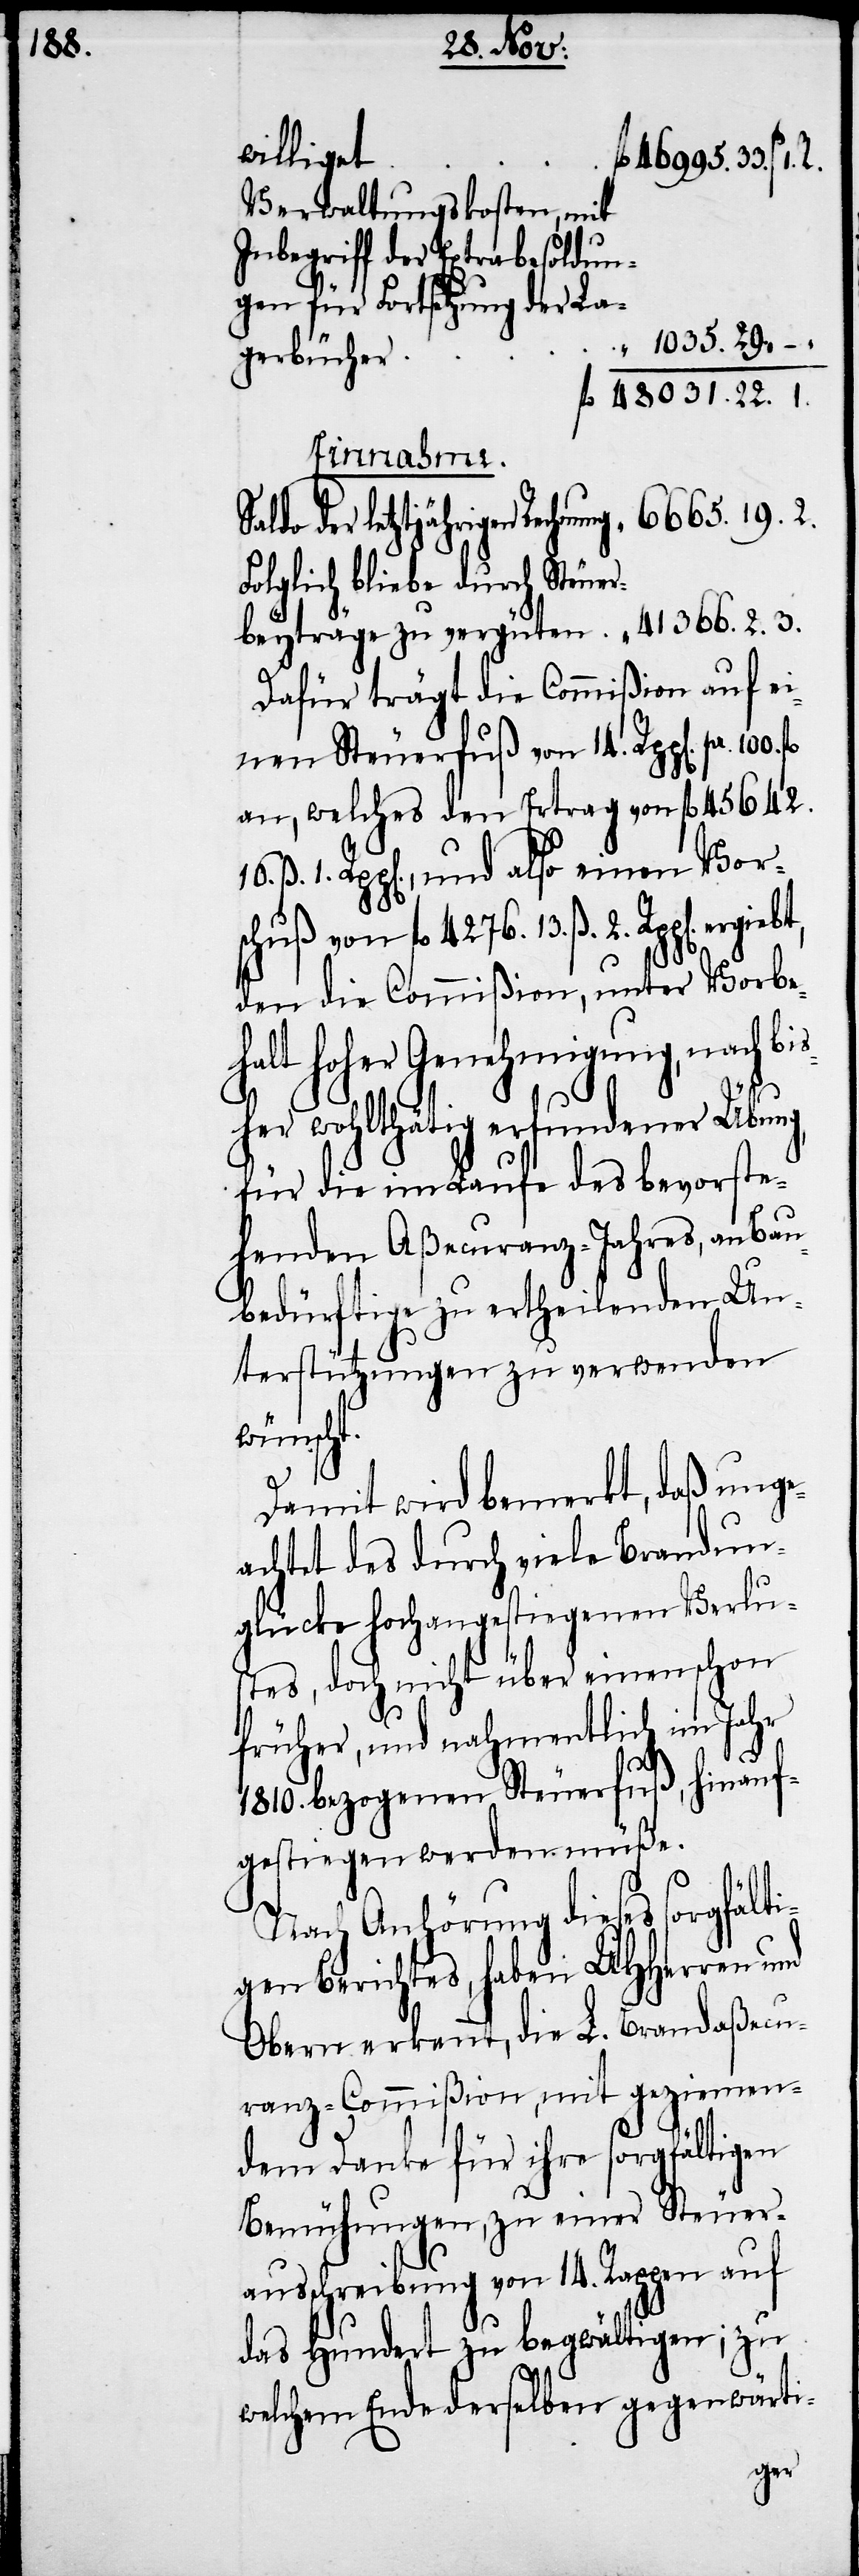
10.

williget
Verwaltungskosten, mit
Inbegriff der Extrabesoldun¬
gen für Fortsetzung der La¬
gerbücher
1.
beyträge zu
der letztjährigen Rechnung
Folglich bliebe durch Steuer¬
Dafür trägt die Commißion auf ei¬
nen Steuerfuß von 14. Rpp[en]. pr.
an, welches den Ertrag von fl 45642.
den die Commißion, unter Vorbe¬
halt hoher Genehmigung, nach bi¬
sher wohlthätig erfundener Übun¬
für die im Laufe des bevorste¬
henden Aßecuranz-Jahres, an Bau¬
bedürftige zu ertheilenden Un¬
terstützungen zu verwenden
wünscht.
Damit wird bemerkt, daß unge¬
achtet des durch viele Brandun¬
glücke hochangestiegenen Verlus¬
tes, doch nicht über einen schon
früher, und nahmentlich im Jahr
g,
1810. bezogenen Steuerfuß, hinauf¬
gestiegen werden müße.
Nach Anhörung dieses sorgfält¬
igen Berichtes, haben UHHerren und
Obern erkennt, die L. Brandaßecu¬
ranz-Commißion, mit geziemen¬
dem Danke für ihre sorgfältigen
Bemühungen, zu einer Steuer¬
ausschreibung von 14. Rappen auf
das Hundert zu begwältigen; zu
welchem Ende derselben gegenwärti-